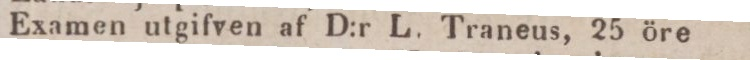
Examen utgifven af D:r L. Traneus, 25 öre